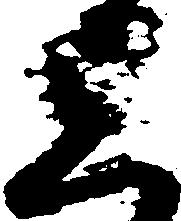
上